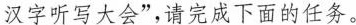
汉字听写大会”，请完成下面的任务。